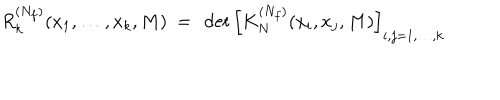
R _ { k } ^ { ( N _ { f } ) } ( x _ { 1 } , \ldots , x _ { k } , M ) \ = \ \det \left[ K _ { N } ^ { ( N _ { f } ) } ( x _ { i } , x _ { j } , M ) \right] _ { i , j = 1 , \ldots , k }